Indian journal of veterinary science and animal husbandry - Volume 8,
Year: 1938
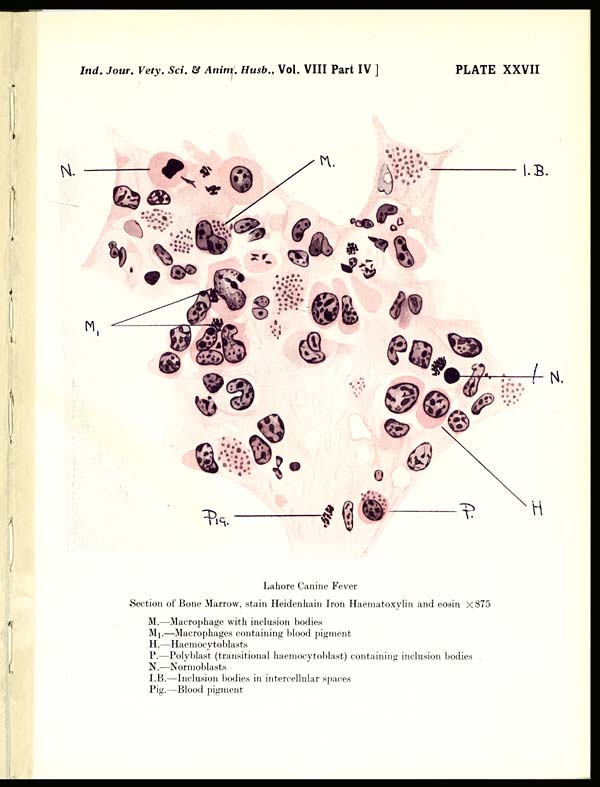
Ind. Jour. Vety. Sci. & Anim. Husb., Vol. VIII Part IV ]
PLATE XXVII
Lahore Canine Fever
Section of Bone Marrow, stain Heidenhain Iron Haematoxylin and eosin X 875
M.—Macrophage with inclusion bodies
M 1 .—Macrophages containing blood pigment
H.—Haemocytoblasts
P.—Polyblast (transitional haemocytoblast) containing inclusion bodies
N.—Normoblasts
I.B.—Inclusion bodies in intercellular spaces
Pig.—Blood pigment